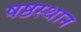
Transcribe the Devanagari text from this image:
षष्ठस्थान